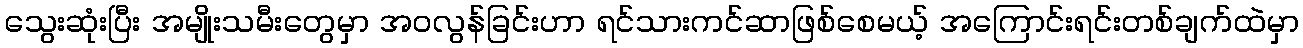
သွေးဆုံးပြီး အမျိုးသမီးတွေမှာ အဝလွန်ခြင်းဟာ ရင်သားကင်ဆာဖြစ်စေမယ့် အကြောင်းရင်းတစ်ချက်ထဲမှာ